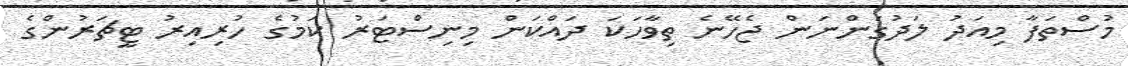
މުސްތަފާ މިއަދު ލަދުގަންނަން ޖެހޭނެ ތިވާހަކަ ދައްކަން މިނިސްޓަރު ކަމުގެ ހުރިއިރު ޓީޗަރުންގެ